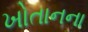
ખોતાનના